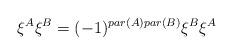
LaTeX: \begin{align*}\xi^A \xi^B = (-1)^{par(A)par(B)} \xi^B \xi^A\end{align*}